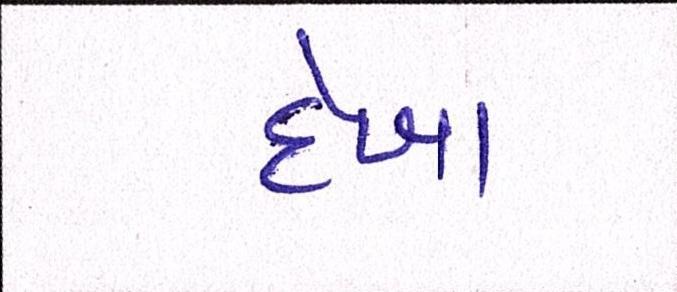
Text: દેખા